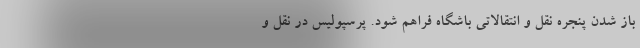
باز شدن پنجره نقل و انتقالاتی باشگاه فراهم شود. پرسپولیس در نقل و